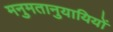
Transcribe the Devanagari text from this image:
मनुमतानुयायियों